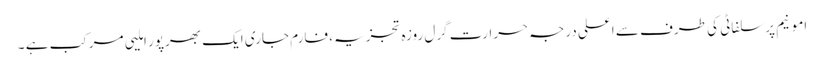
امونیم پرسلفاٹی کی طرف سے اعلی درجہ حرارت گرل روزہ تجزیہ، فارم جاری ایک بھرپور املیی مرکب ہے ۔